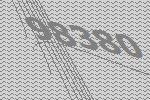
98380